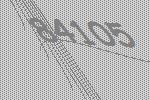
84105